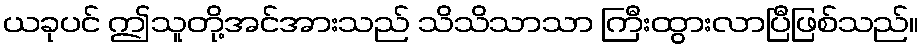
ယခုပင် ဤသူတို့အင်အားသည် သိသိသာသာ ကြီးထွားလာပြီဖြစ်သည်။